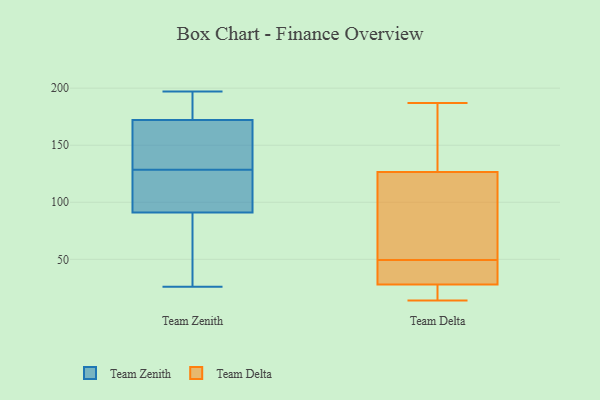
{"axis": {"x": "Revenue (USD Million)", "y": "Value"}, "legend": ["Team Delta", "Team Zenith"], "data": [{"x": "", "y": 172, "type": "Team Zenith"}, {"x": "", "y": 119, "type": "Team Zenith"}, {"x": "", "y": 130, "type": "Team Zenith"}, {"x": "", "y": 133, "type": "Team Zenith"}, {"x": "", "y": 194, "type": "Team Zenith"}, {"x": "", "y": 82, "type": "Team Zenith"}, {"x": "", "y": 96, "type": "Team Zenith"}, {"x": "", "y": 183, "type": "Team Zenith"}, {"x": "", "y": 191, "type": "Team Zenith"}, {"x": "", "y": 127, "type": "Team Zenith"}, {"x": "", "y": 76, "type": "Team Zenith"}, {"x": "", "y": 68, "type": "Team Zenith"}, {"x": "", "y": 100, "type": "Team Zenith"}, {"x": "", "y": 91, "type": "Team Zenith"}, {"x": "", "y": 139, "type": "Team Zenith"}, {"x": "", "y": 26, "type": "Team Zenith"}, {"x": "", "y": 197, "type": "Team Zenith"}, {"x": "", "y": 165, "type": "Team Zenith"}, {"x": "", "y": 25, "type": "Team Delta"}, {"x": "", "y": 50, "type": "Team Delta"}, {"x": "", "y": 162, "type": "Team Delta"}, {"x": "", "y": 187, "type": "Team Delta"}, {"x": "", "y": 24, "type": "Team Delta"}, {"x": "", "y": 124, "type": "Team Delta"}, {"x": "", "y": 145, "type": "Team Delta"}, {"x": "", "y": 49, "type": "Team Delta"}, {"x": "", "y": 119, "type": "Team Delta"}, {"x": "", "y": 32, "type": "Team Delta"}, {"x": "", "y": 40, "type": "Team Delta"}, {"x": "", "y": 46, "type": "Team Delta"}, {"x": "", "y": 80, "type": "Team Delta"}, {"x": "", "y": 14, "type": "Team Delta"}, {"x": "", "y": 18, "type": "Team Delta"}, {"x": "", "y": 152, "type": "Team Delta"}, {"x": "", "y": 66, "type": "Team Delta"}, {"x": "", "y": 129, "type": "Team Delta"}, {"x": "", "y": 31, "type": "Team Delta"}, {"x": "", "y": 14, "type": "Team Delta"}]}